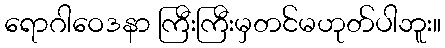
ရောဂါဝေဒနာ ကြီးကြီးမှတင်မဟုတ်ပါဘူး။